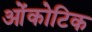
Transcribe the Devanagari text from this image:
ओंकोटिक